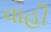
વાહી